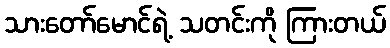
သားတော်မောင်ရဲ့ သတင်းကို ကြားတယ်